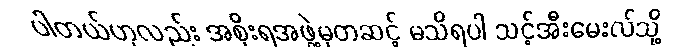
ပါတယ်ဟုလည်း အစိုးရအဖွဲ့မှတဆင့် မသိရပါ သင့်အီးမေးလ်သို့